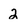
Character: 2